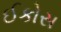
ઈકોસ